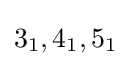
3_{1},4_{1},5_{1}